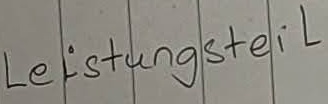
Text: Leistungsteil